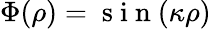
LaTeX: \Phi(\rho)=\mathrm{~s~i~n~}(\kappa\rho)